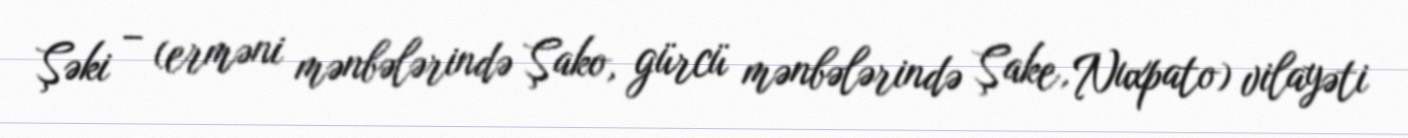
Şəki – (erməni mənbələrində Şako, gürcü mənbələrində Şake, Nuxpato) vilayəti